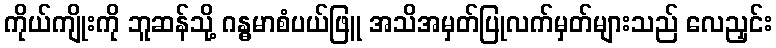
ကိုယ်ကျိုးကို ဘူဆန်သို့ ဂန္ဓမာစံပယ်ဖြူ အသိအမှတ်ပြုလက်မှတ်များသည် လေညှင်း